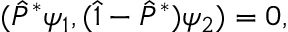
( \hat { P } ^ { * } \psi _ { 1 } , ( \hat { 1 } - \hat { P } ^ { * } ) \psi _ { 2 } ) = 0 ,